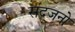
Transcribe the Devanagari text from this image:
सद्जनो